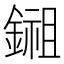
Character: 鎺